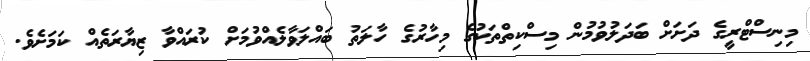
މިނިސްޓްރީގެ ދަށަށް ބަދަލުވުމުން މިސްކިތްތަކުގެ މިހާރުގެ ހާލަތު ބައްލަވާލެއްވުމަށް ކުރައްވާ ޒިޔާރަތެއް ކަމަށެވެ.